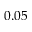
0 . 0 5